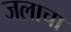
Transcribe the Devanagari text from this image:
जलाचा